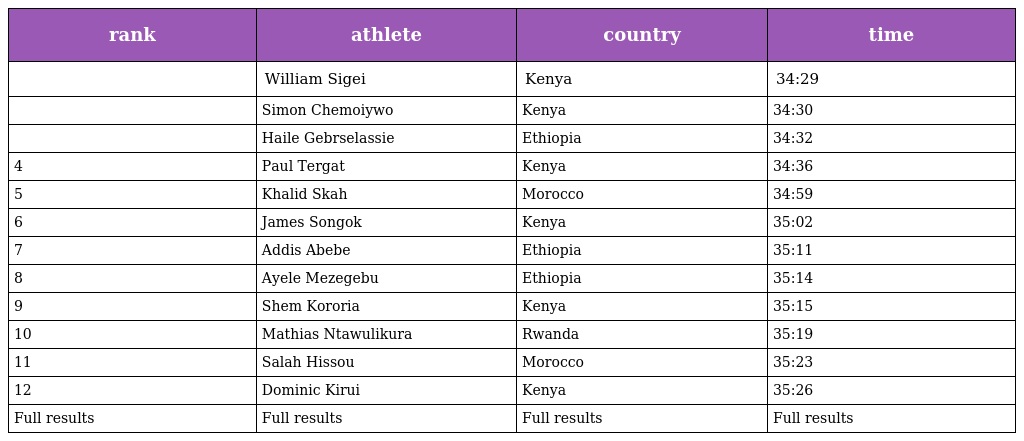
| rank | athlete | country | time |
 | --- | --- | --- | --- |
 |  | William Sigei | Kenya | 34:29 |
 |  | Simon Chemoiywo | Kenya | 34:30 |
 |  | Haile Gebrselassie | Ethiopia | 34:32 |
 | 4 | Paul Tergat | Kenya | 34:36 |
 | 5 | Khalid Skah | Morocco | 34:59 |
 | 6 | James Songok | Kenya | 35:02 |
 | 7 | Addis Abebe | Ethiopia | 35:11 |
 | 8 | Ayele Mezegebu | Ethiopia | 35:14 |
 | 9 | Shem Kororia | Kenya | 35:15 |
 | 10 | Mathias Ntawulikura | Rwanda | 35:19 |
 | 11 | Salah Hissou | Morocco | 35:23 |
 | 12 | Dominic Kirui | Kenya | 35:26 |
 | Full results | Full results | Full results | Full results |